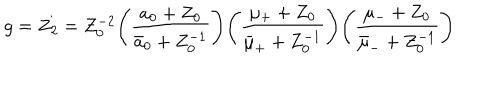
g = Z _ { 2 } = Z _ { 0 } ^ { - 2 } \Biggl ( \frac { a _ { 0 } + Z _ { 0 } } { \bar { a } _ { 0 } + Z _ { 0 } ^ { - 1 } } \Biggr ) \Biggl ( \frac { \mu _ { + } + Z _ { 0 } } { \bar { \mu } _ { + } + Z _ { 0 } ^ { - 1 } } \Biggr ) \Biggl ( \frac { \mu _ { - } + Z _ { 0 } } { \bar { \mu } _ { - } + Z _ { 0 } ^ { - 1 } } \Biggr )